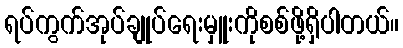
ရပ်ကွက်အုပ်ချုပ်ရေးမှူးကိုစစ်ဖို့ရှိပါတယ်။